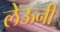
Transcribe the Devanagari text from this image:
लेऊनी